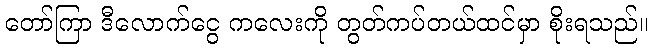
တော်ကြာ ဒီလောက်ငွေ ကလေးကို တွတ်ကပ်တယ်ထင်မှာ စိုးရသည်။